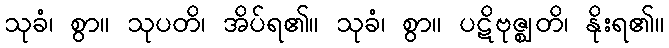
သုခံ၊ စွာ။ သုပတိ၊ အိပ်ရ၏။ သုခံ၊ စွာ။ ပဋိဗုဇ္ဈတိ၊ နိုးရ၏။